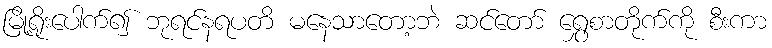
မြို့ရိုးပေါက်၍ ဘုရင်နရပတိ မနေသာတော့ဘဲ ဆင်တော် ရွှေစာတိုက်ကို စီးကာ